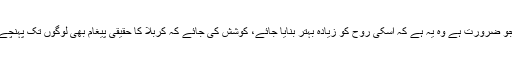
جو ضرورت ہے وہ یہ ہے کہ اسکی روح کو زیادہ بہتر بنایا جائے، کوشش کی جائے کہ کربلا کا حقیقی پیغام بھی لوگوں تک پہنچے۔